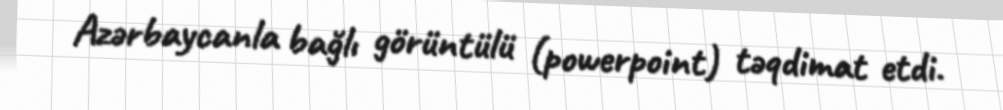
Azərbaycanla bağlı görüntülü (powerpoint) təqdimat etdi.